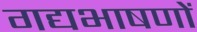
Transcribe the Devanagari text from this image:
गद्यभाषणों